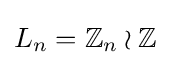
L_{n}=\mathbb {Z} _{n}\wr \mathbb {Z}